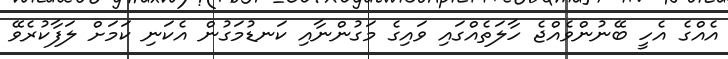
އެއްގެ އެހީ ބޭނުންވެއްޖެ ހާލަތެއްގައި ވައިގެ މަގުންނާއި ކަނޑުމަގުން އެކަނި ކަމަށް ލަފާކުރެވޭ